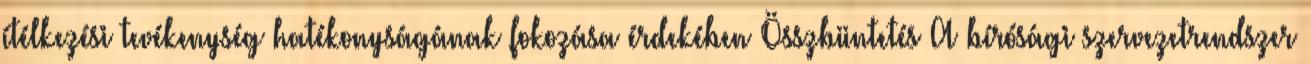
ítélkezési tevékenység hatékonyságának fokozása érdekében Összbüntetés A bírósági szervezetrendszer